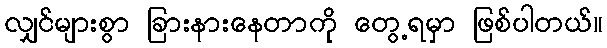
လျှင်များစွာ ခြားနားနေတာကို တွေ့ရမှာ ဖြစ်ပါတယ်။